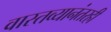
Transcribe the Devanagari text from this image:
वास्तव्यानंतरही